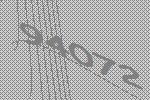
94072